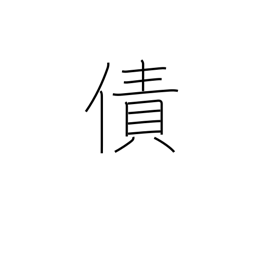
Meaning: debt